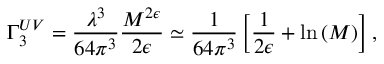
\Gamma _ { 3 } ^ { U V } = \frac { \lambda ^ { 3 } } { 6 4 \pi ^ { 3 } } \frac { M ^ { 2 \epsilon } } { 2 \epsilon } \simeq \frac { 1 } { 6 4 \pi ^ { 3 } } \left[ \frac { 1 } { 2 \epsilon } + \mathrm { l n } \left( M \right) \right] ,